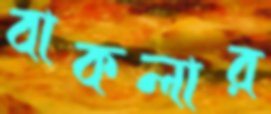
বাকলার